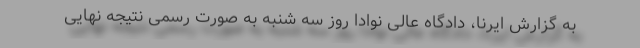
به گزارش ایرنا، دادگاه عالی نوادا روز سه شنبه به صورت رسمی نتیجه نهایی